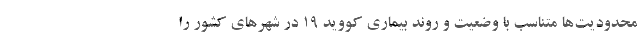
محدودیت‌ها متناسب با وضعیت و روند بیماری کووید ۱۹ در شهرهای کشور را